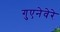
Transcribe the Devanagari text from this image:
गुएनेवेरे